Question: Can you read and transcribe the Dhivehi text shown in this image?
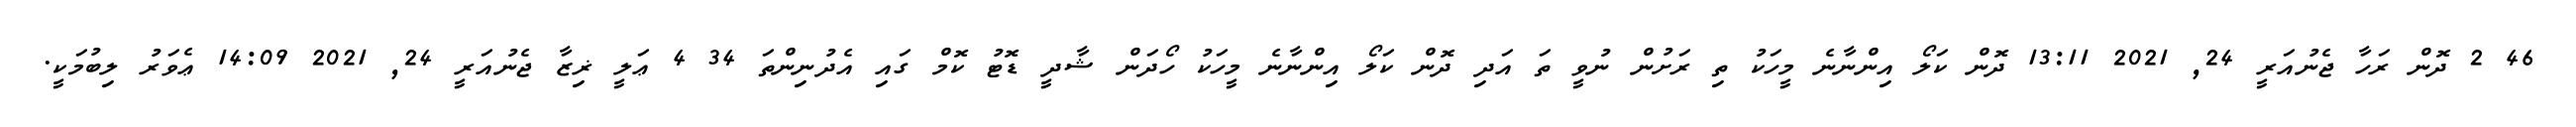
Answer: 46 2 ދޮން ރަހާ ޖެނުއަރީ 24, 2021 13:11 ދޮން ކަލޯ އިންނާނެ މީހަކު ތި ރަށުން ނުވީ ތަ އަދި ދޮން ކަލޯ އިންނާނެ މީހަކު ހޯދަން ޝާދީ ޑޮޓު ކޮމް ގައި އެދުނިންތަ 34 4 ޢަލީ ޜިޒާ ޖެނުއަރީ 24, 2021 14:09 ޢެވަރު ލިބުމަކީ.